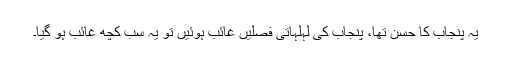
یہ پنجاب کا حسن تھا، پنجاب کی لہلہاتی فصلیں غائب ہوئیں تو یہ سب کچھ غائب ہو گیا۔